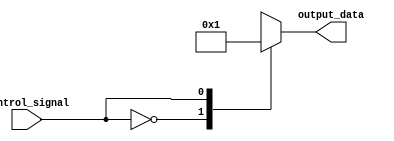
module full_case_statement (
    input wire control_signal,
    output reg [3:0] output_data
);

always @* begin
    case (control_signal)
        4'b0000: output_data = 4'b0000;  // Case 0
        4'b0001: output_data = 4'b0001;  // Case 1
        4'b0010: output_data = 4'b0010;  // Case 2
        4'b0011: output_data = 4'b0011;  // Case 3
        default: output_data = 4'bXXXX;   // Default case
    endcase
end

endmodule